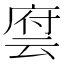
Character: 𬽂